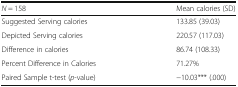
| N = 158 | Mean calories (SD) |
 | --- | --- |
 | Suggested Serving calories | 133.85 (39.03) |
 | Depicted Serving calories | 220.57 (117.03) |
 | Difference in calories | 86.74 (108.33) |
 | Percent Difference in Calories | 71.27% |
 | Paired Sample t-test (p-value) | −10.03*** (.000) |